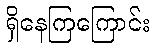
ရှိနေကြကြောင်း